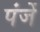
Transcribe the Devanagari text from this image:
पंजें